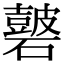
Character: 𥖫